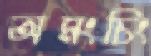
অমংচিং